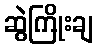
ဆွဲကြိုးချ